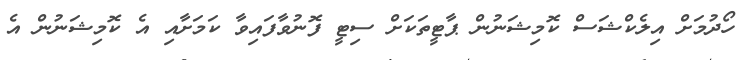
ހޯދުމަށް އިލެކްޝަސް ކޮމިޝަނުން ޕާޓީތަކަށް ސިޓީ ފޮނުވާފައިވާ ކަމަށާއި އެ ކޮމިޝަނުން އެ